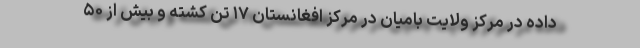
داده در مرکز ولایت بامیان در مرکز افغانستان ۱۷ تن کشته و بیش از ۵۰